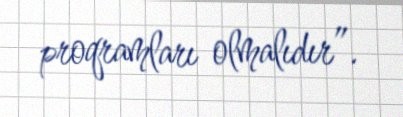
proqramları olmalıdır”.